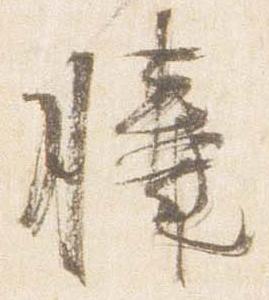
膝